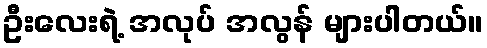
ဦးလေးရဲ့ အလုပ် အလွန် များပါတယ်။